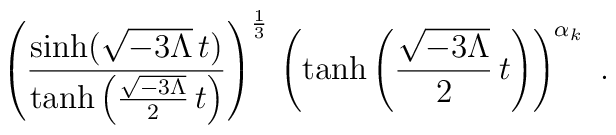
\left(\frac{\sinh(\sqrt{-3\Lambda}\,t)}{\tanh\left(\frac{\sqrt{-3\Lambda}}{2}\,    t\right)}\right)^{1\over 3}\, \left(\tanh\left(\frac{\sqrt{-3\Lambda}}{2}\,    t\right) \right)^{\alpha_k}\ .